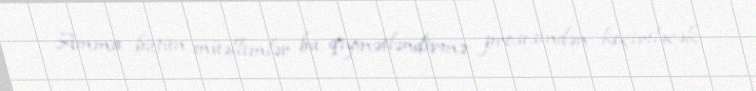
Amma bütün müəllimlər bu qiymətləndirmə prosesindən keçiriləcək.